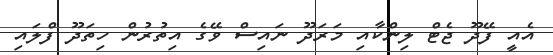
އެއީ ފޭދޫ ޖެޓް ލިންކާއި މަރަދޫ ނައިސް ވޭގެ އިތުރުން ހިތަދޫ ފްލައި